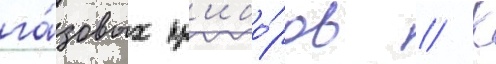
га́зовых пр'ибо́ров // К